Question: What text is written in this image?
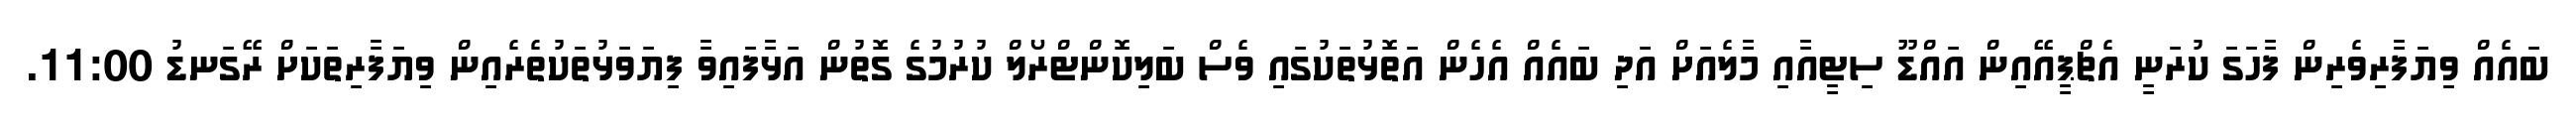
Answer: ބައެއް ވިޔަފާރިވެރިން ފާހަގަ ކުރަނީ އެޗްޕީއޭއިން އައްޑޫ ސިޓީއާއި މާލެއަށް އަދި ބައެއް އެހެން އަތޮޅުތަކުގައި ވެސް ބަލިކޮންޓްރޯލް ކުރުމުގެ ގޮތުން އަޅާފައިވާ ފިޔަވަޅުތަކުތެރެއިން ވިޔަފާރިތަކަށް ރޭގަނޑު 11:00.